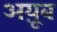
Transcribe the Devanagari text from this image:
अय़ूब